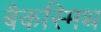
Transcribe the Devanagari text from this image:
बैकस्मिथ